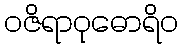
ဝဇိရာဝုဓောရိဝ